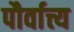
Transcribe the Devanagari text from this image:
पौर्वात्त्य